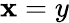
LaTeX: \mathbf{x}=y